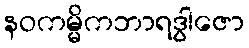
နဝကမ္မိကဘာရဒွါဇော